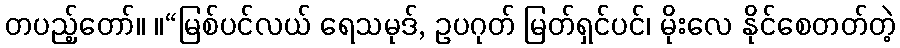
တပည့်တော်။ ။“မြစ်ပင်လယ် ရေသမုဒ်, ဥပဂုတ် မြတ်ရှင်ပင်၊ မိုးလေ နိုင်စေတတ်တဲ့